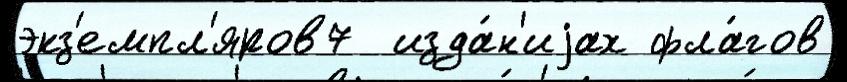
экз'емпл'яров7  изда́н'иjах фла́гов